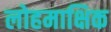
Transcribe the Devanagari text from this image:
लोहमाक्षिक